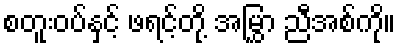
စတူးဝပ်နှင့် ဖရင့်တို့ အမြွှာ ညီအစ်ကို။